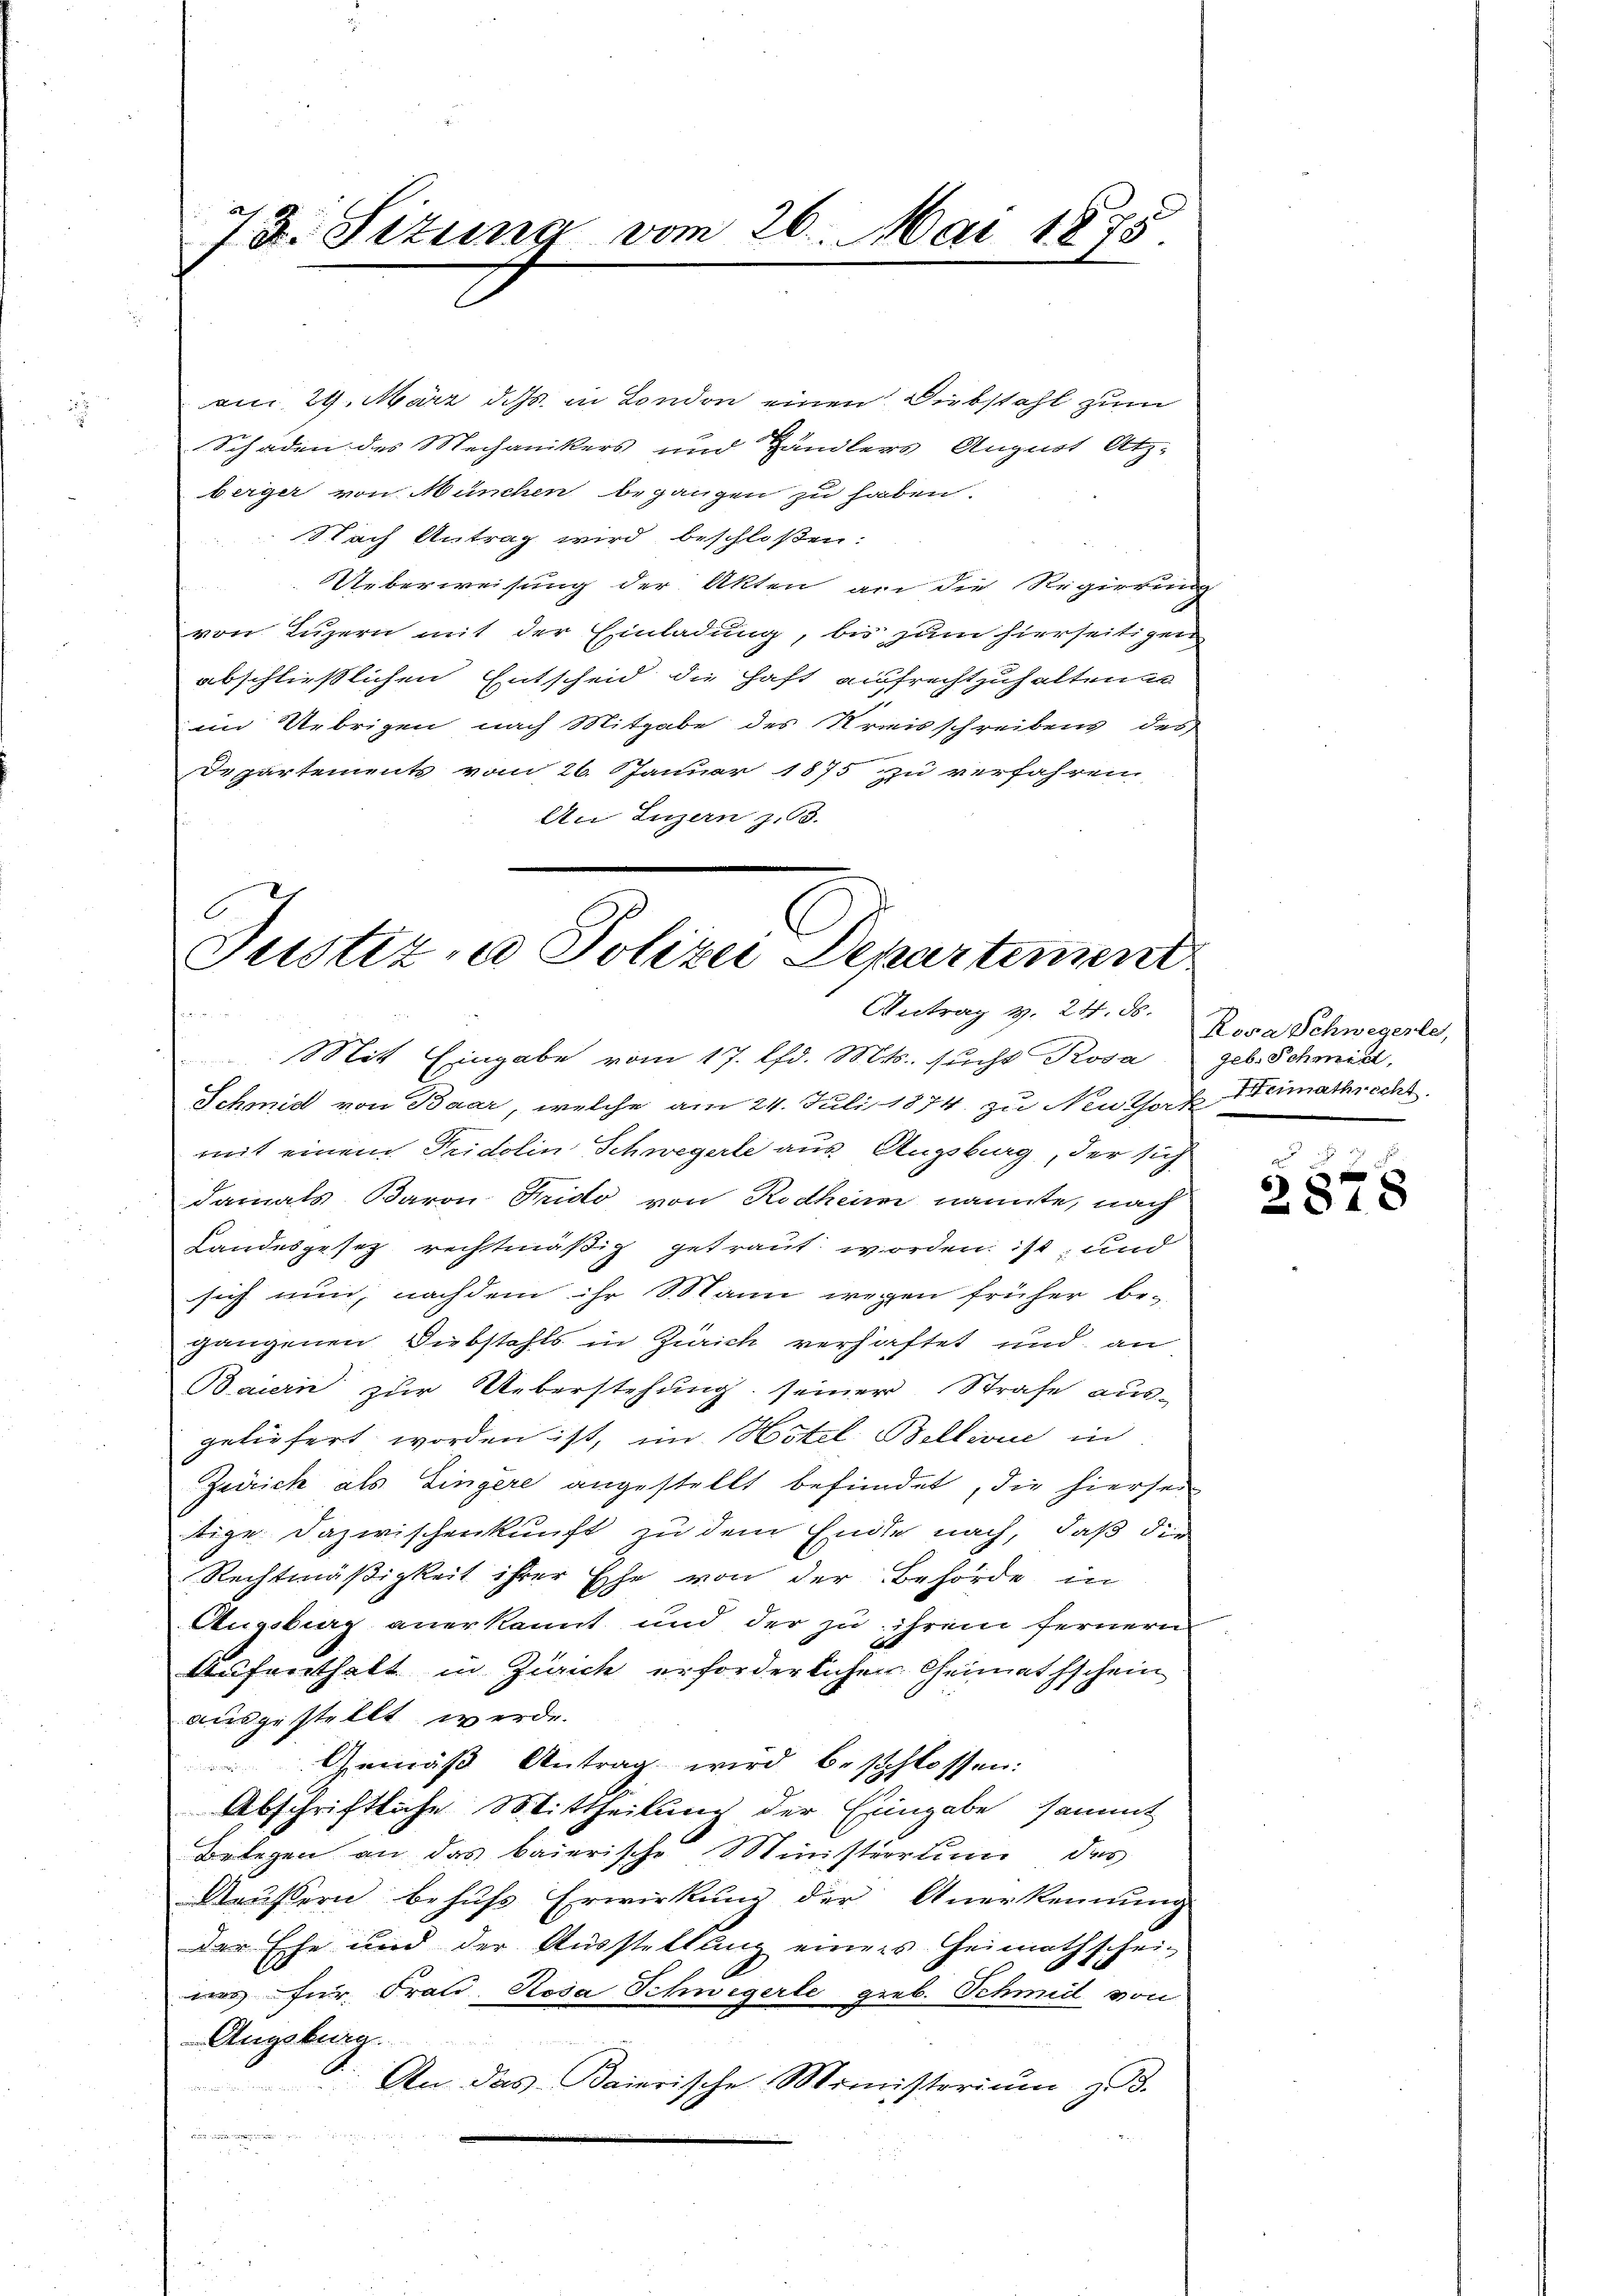
7 d. Titung vom 26. Mai 1875.

am 29. März d. Js. in London einen Diebstahl zum
Schaden des Mechanikers und Händlers August Atz-
berger von München begangen zu haben.
Nach Antrag wird beschloßen:
Ueberweisung der Akten an die Regierung
von Luzern mit der Einladung, bis zum hierseitigen
abschließlichen Entscheid die Haft aufrechtzuhaltenen
im Uebrigen nach Mitgabe des Kreisschreibens des
Departements vom 26. Januar 1875 zu verfahren,
An Luzern z. 63.

Justiz- u Polizei Departement
Antrag v. 24. ds.

. Mit Eingabe vom 17. lfd. Mts. sucht Rosa geb. Schmidl,
Schmidt von Baar, welche am 24. Juli 1874. zu Neuthort Heimathrecht
mit einem Tridolin Schwegerte aus Augsburg, der sich
damals Baron Frido von Rodheim nannte, nach
Handesgesetz rechtmäßig getraut worden ist, und
sich nun, nachdem ihr Mann wegen früher be-
gangenen Diebstahls in Zürich verhaftet und an
Bauern zur Ueberstehung seiner Strafe aus-
geliefert worden ist, im Hotel Bellivi in
Zürich als Eingere angestellt befundet, die hiersei
tige Dazwischenkunft zu dem Ende nach, daß die
Rechtmäßigkeit ihrer Ehe von der Behörde in
Augsburg anerkannt und der zu ihrem fernern
d
Aufenthalt in Zürich erforderlichen Grimathschein
ausgestellt werde.
Gemäß Antrag wird beschlossen:
Abschriftliche Mittheilung der Eingabe sammt
Belegen an das baierische Ministrorium des
Aeussern behufs Erwirkung der Anerkennung
der Ehe und der Ausstellung einers Heimathscheiwes für Frati Rosa Schwegerle greb. Schmidl von
Angebrag.
An das Baierische Ministerium zu 3.

Rosa Schwegerle,

Eigen
2878